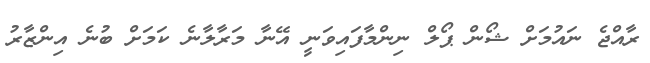
ރާއްޖެ ނައުމަށް ޝޯން ޕޯލް ނިންމާފައިވަނީ އޭނާ މަރާލާނެ ކަމަށް ބުނެ އިންޒާރު